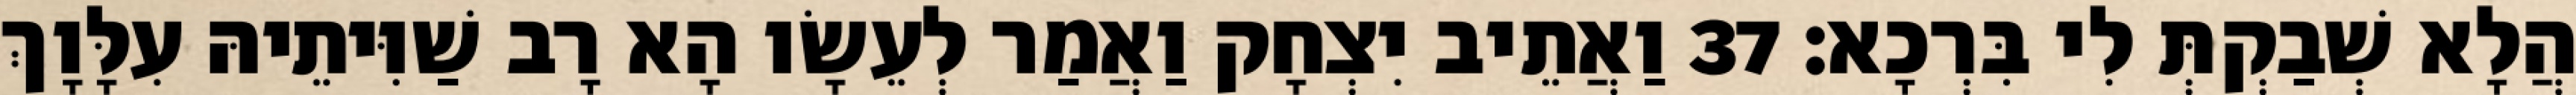
הֲלָא שְׁבַקְתְּ לִי בִּרְכָא׃ 37 וַאֲתֵיב יִצְחָק וַאֲמַר לְעֵשָׂו הָא רָב שַׁוִּיתֵיהּ עִלָּוָךְ